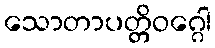
သောတာပတ္တိဝဂ္ဂေါ